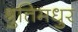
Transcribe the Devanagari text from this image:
श्रुतिमधुर